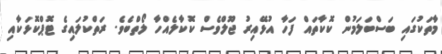
މާތަކުގައި ބަސްބަލަމުން ކޮކާތައް ފަހާ އުޅޭއިރު ޖޫލްވެސް ކޮކާލެއްހާ ލޯތްބެވެ. ރަތްކުލައިގެ ޓޮޕްކޮޅަކާއި